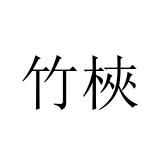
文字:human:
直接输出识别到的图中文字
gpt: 竹梜